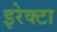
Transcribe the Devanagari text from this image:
इरेक्टा